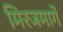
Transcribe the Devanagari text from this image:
मिरजमार्गे